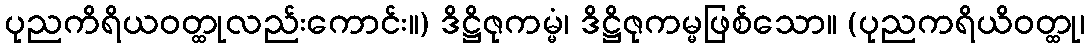
ပုညကိရိယဝတ္ထုလည်းကောင်း။) ဒိဋ္ဌိဇုကမ္မံ၊ ဒိဋ္ဌိဇုကမ္မဖြစ်သော။ (ပုညကရိယိဝတ္ထု၊